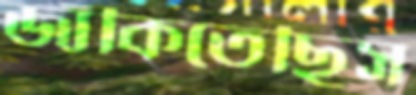
জাঁকিতেছিস